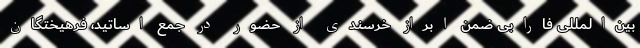
بین‌المللی فارابی ضمن ابراز خرسندی از حضور در جمع اساتید، فرهیختگان